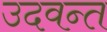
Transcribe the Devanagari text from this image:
उदवन्त